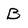
Character: B